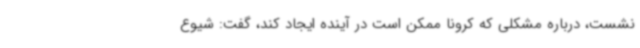
نشست، درباره مشکلی که کرونا ممکن است در آینده ایجاد کند، گفت: شیوع